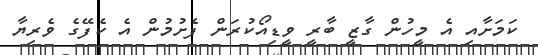
ކަމަށާއި އެ މީހުން ގާޒީ ބާރީ ވީޑިއޯކުރަން ފެށުމުން އެ ކެފޭގެ ވެރިޔާ